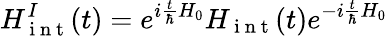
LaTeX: H_{\mathrm{~i~n~t~}}^{I}(t)=e^{i\frac{t}{\hbar}H_{0}}H_{\mathrm{~i~n~t~}}(t)e^{-i\frac{t}{\hbar}H_{0}}